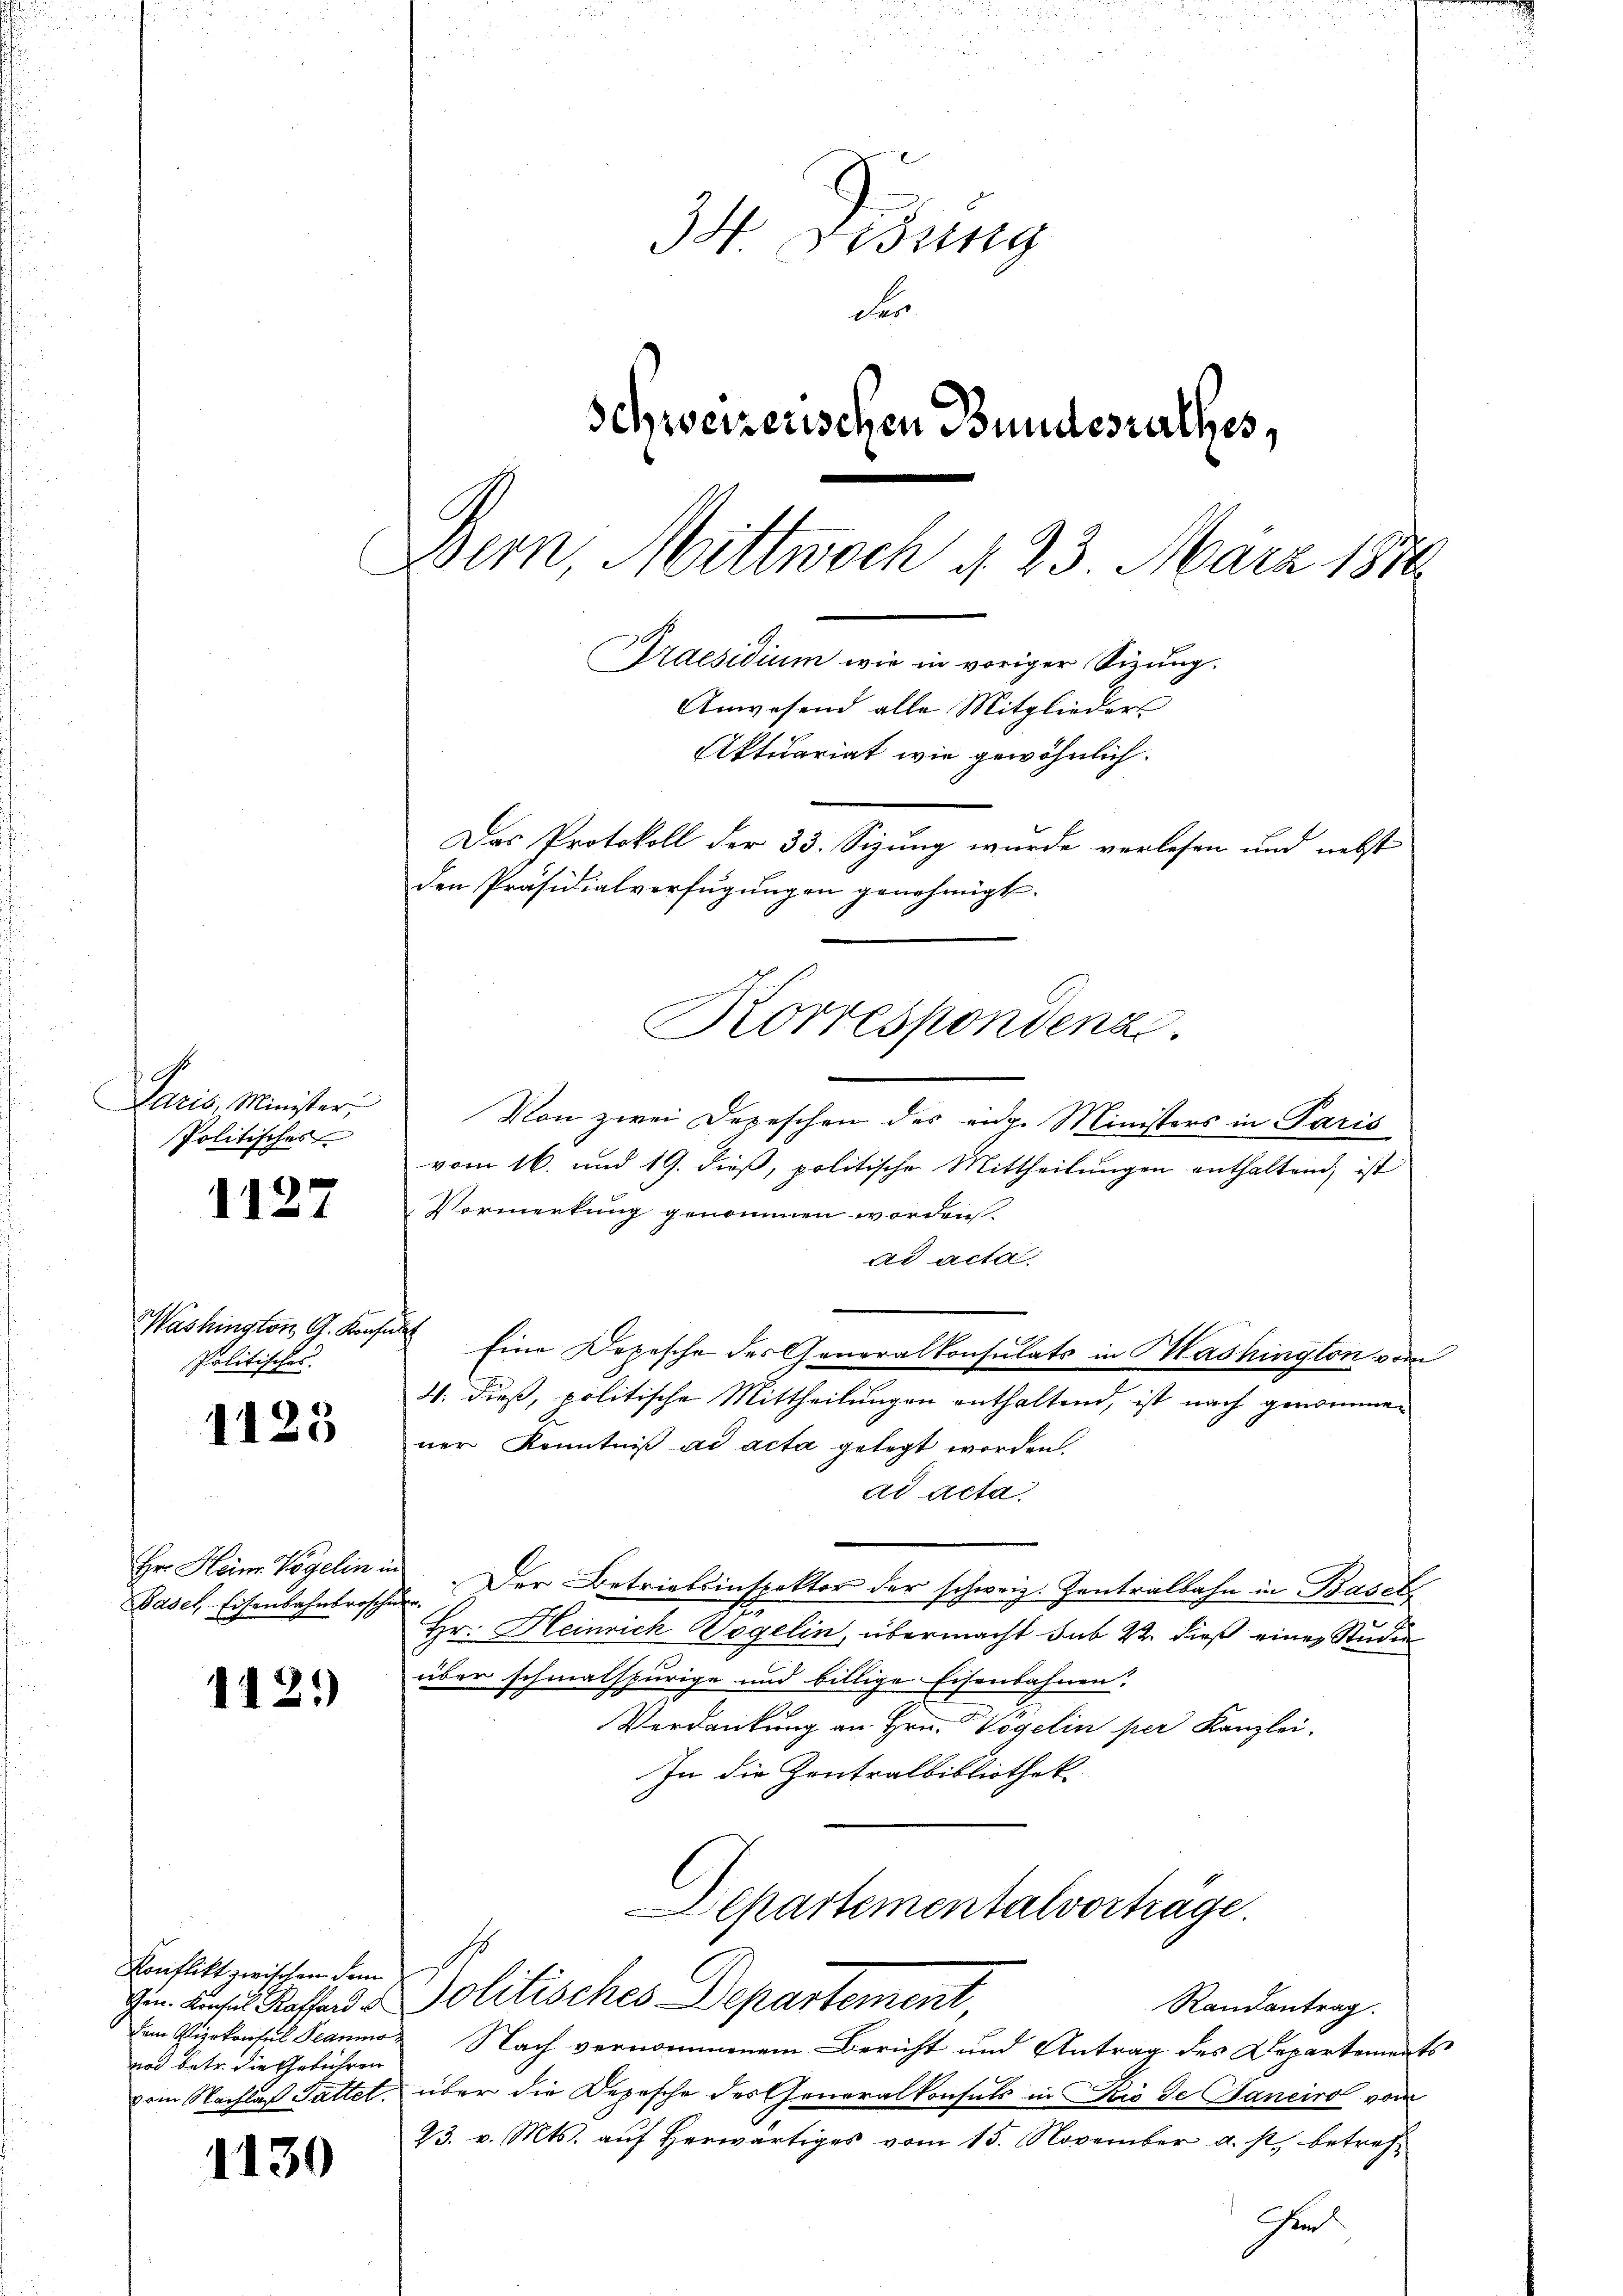
A.
Aaris, Minister,
Politisches

1127

1123

1121)

Washington G. Konf
Politisches.

Hr. Heim Vögelin u.
Basel, Eisenbahnbrosche

Konflikt zwischen dem
nos betr. die Gebühren

1130

34. Didung
der
schweizerischen Bundesrathes,
Bern, Mittwoch d. 23. März 1846.
Praesidium wie in voriger Sizung.
Anwesend alle Mitglieder
Aktuariat wie gewöhnlich.
Das Protokoll der 33. Sizung wurde verlesen und nebst
den Präsidialverfügungen genehmigt.
Korrespondenz.

Von zwei Depeschen des eidg. Ministers in Paris
vom 16. und 19. dieß, politische Mittheilungen enthaltend, ist
Vormerkung genommen worden.
ad acta
f
Eine Depesche des Generalkonsulats in Mashington vom
4. dieß, politische Mittheilungen enthaltend, ist nach genommen
ner Kenntniß ad acta gelegt worden.
ad acta.
.Der Betriebsinspektor der schweiz. Zentralbahn in Basof
Hr. Heinrich Vogelin, übermacht sub 22. dieß einer Studie
über schmalspurige und billige Eisenbahnen.
Verdankung an Hrn. Vögelin per Kanzlei.
In die Zentralbibliothek.
Departementalvorträge.
0
Gin. Leses Kassen & Politisches Departement
Randantrag.
dem Vizekonsul Beaumo Nach vernommenem Bericht und Antrag des Departements
vom Nachlag Sattet, über die Depesche des Generalkonsuls in Seis de Janeiro von
23. v. Mts. auf Herwärtiges vom 15. November u. s. betref¬
Fe